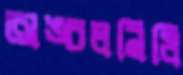
অঙ্চলনিধি